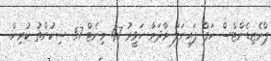
ޕްރެޒިޑެންޓްސް ކަޕް ފައިނަލް މާދަމާ ހަވީރު 47 މިނެޓް 57 ސިކުންތު ކުރިން.